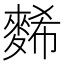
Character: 𪌹